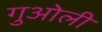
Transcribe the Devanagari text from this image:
गुओली